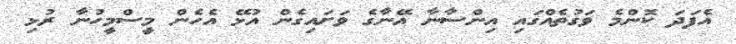
އެފަދަ ކޮންމެ ވަގުތެއްގައި އިންސާނާ އޭނާގެ ވަށައިގެން އުޅޭ އެހެން މީސްމީހުނާ ރުޅި